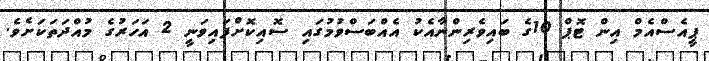
ޕީއެސްއެމް އިން ޓޮޕް 10ގެ ބައިވެރިންނާއެކު އެއްބަސްވުމުގައި ސޮއިކޮށްފައިވަނީ 2 އަހަރުގެ މުއްދަތަކަށެވެ.